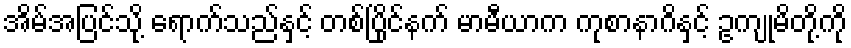
အိမ်အပြင်သို့ ရောက်သည်နှင့် တစ်ပြိုင်နက် မာမီယာက ကုစာနာဂိနှင့် ဥကျုမိတို့ကို